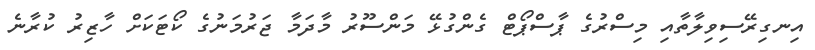
އިނގިރޭސިވިލާތާއި މިސްރުގެ ޕާސްޕޯޓް ގެންގުޅޭ މަންސޫރު މާދަމާ ޖަރުމަނުގެ ކޯޓަކަށް ހާޒިރު ކުރާނެ